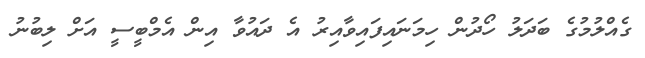
ގެއްލުމުގެ ބަދަލު ހޯދުން ހިމަނައިފައިވާއިރު އެ ދައުވާ އިން އެމްބީސީ އަށް ލިބުނު